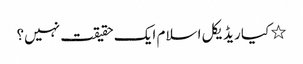
٭ کیا ریڈیکل اسلام ایک حقیقت نہیں؟